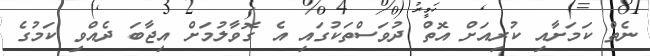
ނެތް ކަމަށާއި ކުރިއަށް އޮތް ދުވަސްތަކުގައި އެ ގޮވާލުމަށް އިޖާބަ ދެއްވި ކަމުގެ